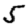
Digit: 5